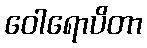
ဝေါရောပိတာ